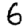
Digit: 6